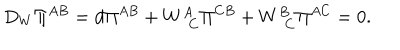
D _ { W } \Pi ^ { A B } = d \Pi ^ { A B } + W _ { \, \; C } ^ { A } \Pi ^ { C B } + W _ { \, \; C } ^ { B } \Pi ^ { A C } = 0 .